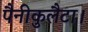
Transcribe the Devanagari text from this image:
पैनीकुलैटा।